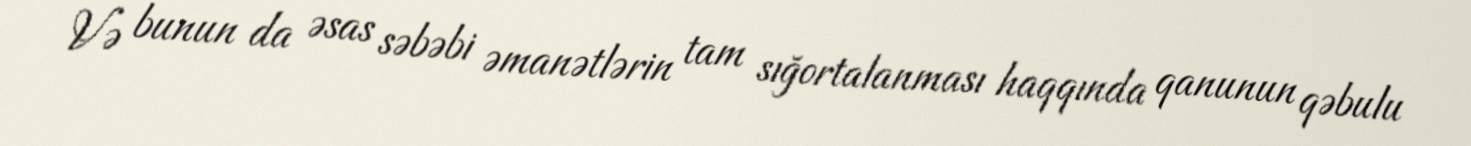
Və bunun da əsas səbəbi əmanətlərin tam sığortalanması haqqında qanunun qəbulu